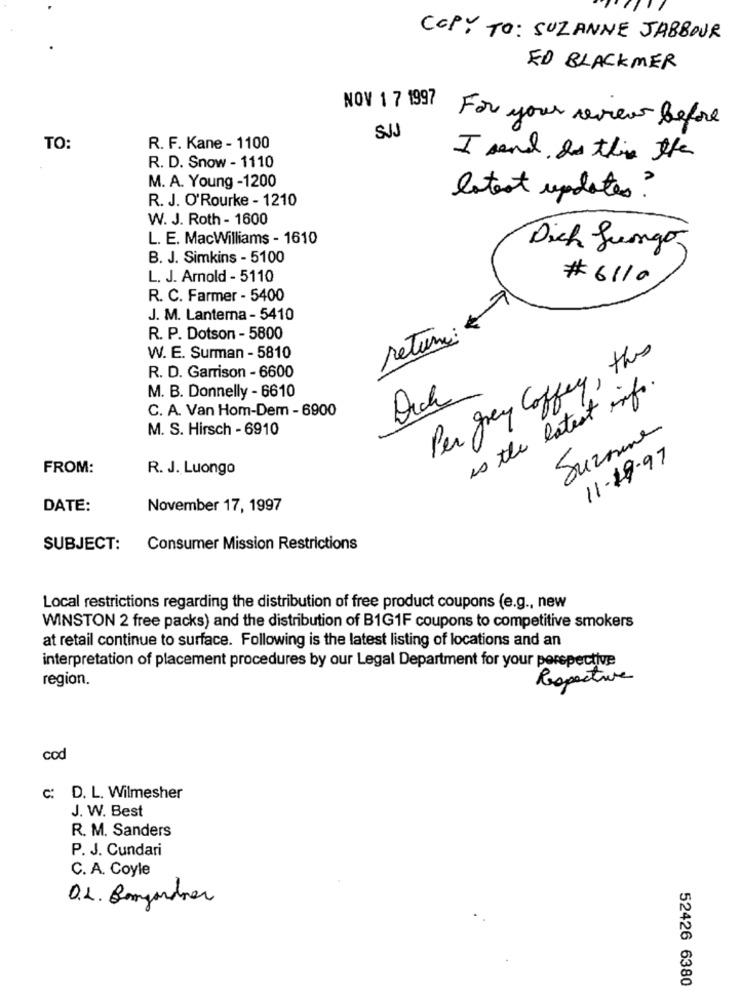
COPY TO: SUZANNE JABBOUR
ED BLACKMER
NOV 1 7 1997
For your review before
SJ
TO:
R. F. Kane - 1100
I sand Is this the
R. D. Snow - 1110
M. A. Young -1200
R. J. O'Rourke - 1210
latest updates?
W. J. Roth - 1600
L. E. MacWilliams - 1610
Dich Lungo
B. J. Simkins - 5100
L. J. Arnold - 5110
# 6110
R. C. Farmer - 5400
J. M. Lanterna - 5410
return: €
R. P. Dotson - 5800
W. E. Surman - 5810
Per grey Coffey, this
R. D. Garrison - 6600
M. B. Donnelly - 6610
is the latest info.
Dich
C. A. Van Hom-Dem - 6900
M. S. Hirsch - 6910
Suzanne
11-19-97
FROM:
R. J. Luongo
DATE:
November 17, 1997
SUBJECT:
Consumer Mission Restrictions
Local restrictions regarding the distribution of free product coupons (e.g ., new
WINSTON 2 free packs) and the distribution of B1G1F coupons to competitive smokers
at retail continue to surface. Following is the latest listing of locations and an
interpretation of placement procedures by our Legal Department for your perspective
region.
Respective
cod
c: D. L. Wilmesher
J. W. Best
R. M. Sanders
P. J. Cundari
C. A. Coyle
D.L. Beangardner
52426 6380